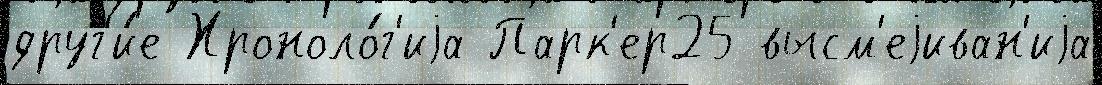
друг'и́е Хроноло́г'иjа Парк'ер25 высм'еjиван'иjа